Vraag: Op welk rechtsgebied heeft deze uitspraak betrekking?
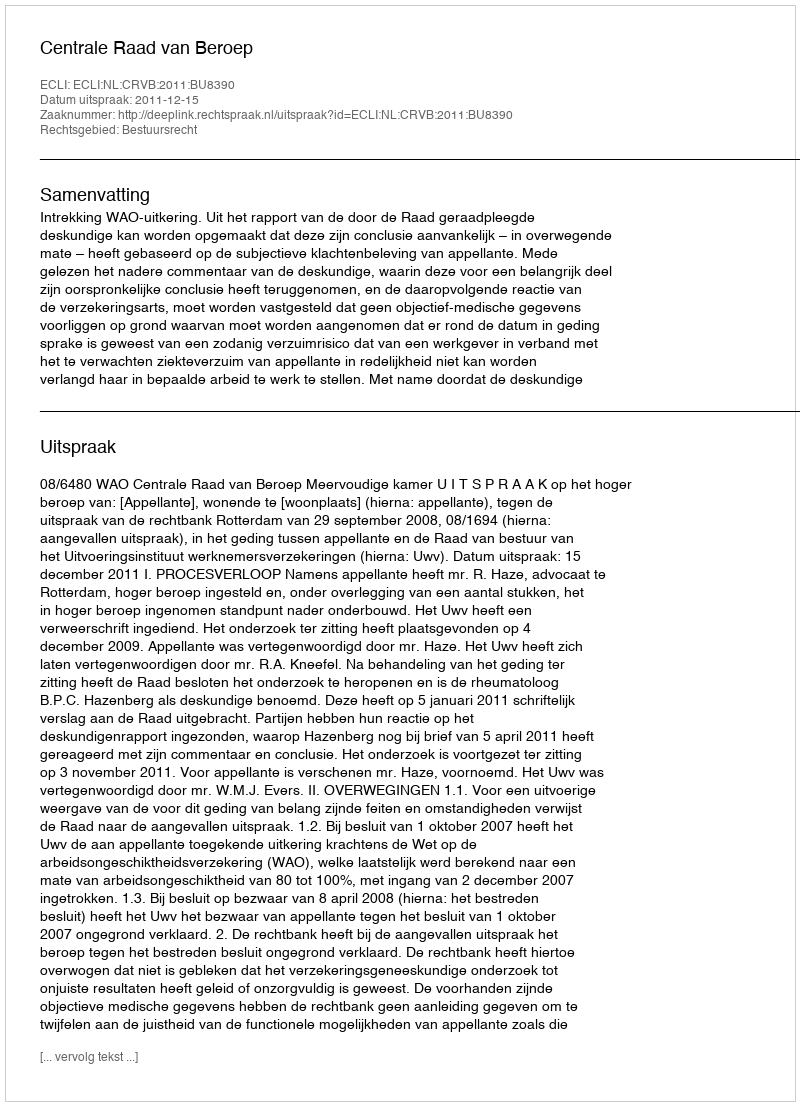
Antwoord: Bestuursrecht